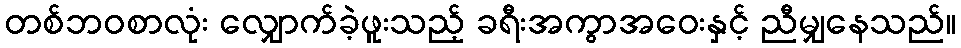
တစ်ဘဝစာလုံး လျှောက်ခဲ့ဖူးသည့် ခရီးအကွာအဝေးနှင့် ညီမျှနေသည်။